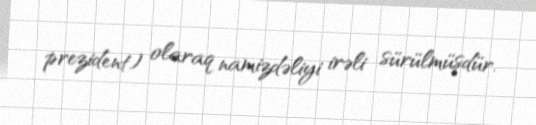
prezident) olaraq namizdəliyi irəli sürülmüşdür.